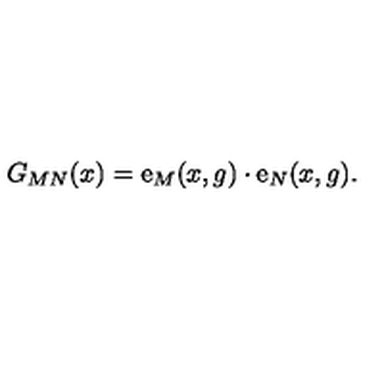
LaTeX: G _ { M N } ( x ) = \mathrm { \boldmath { e } } _ { M } ( x , g ) \cdot \mathrm { \boldmath { e } } _ { N } ( x , g ) .